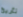
تأريخ